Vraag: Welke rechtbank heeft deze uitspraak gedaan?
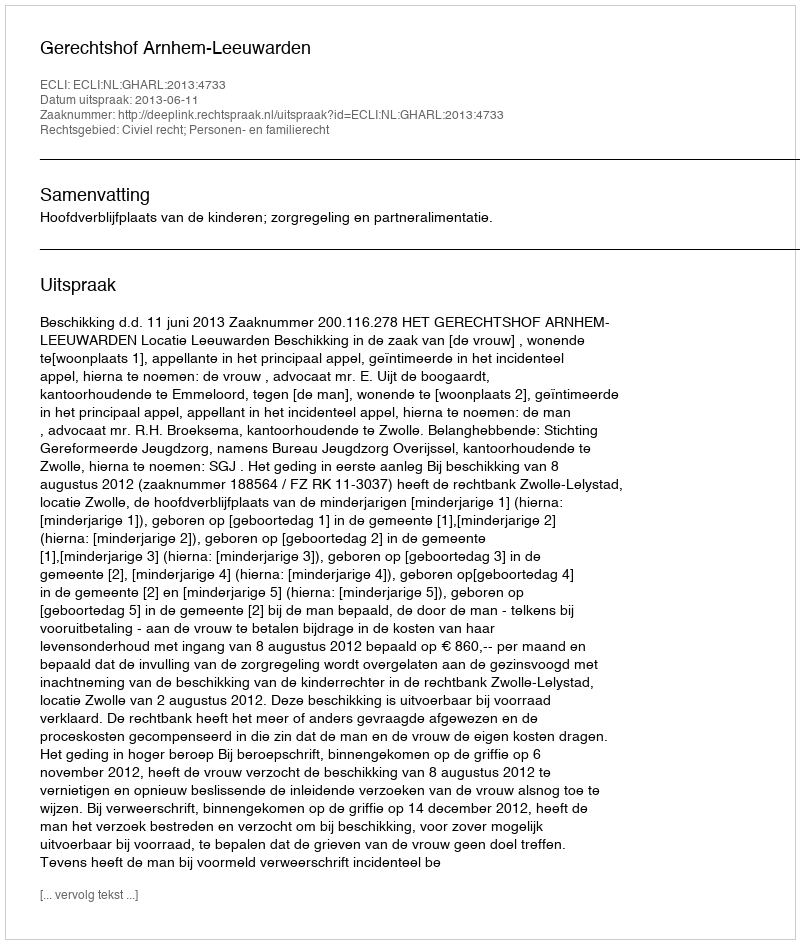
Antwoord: Gerechtshof Arnhem-Leeuwarden